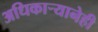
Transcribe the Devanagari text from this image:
अधिकाऱ्यानेही